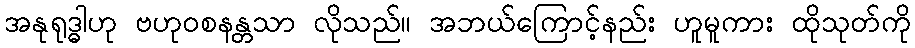
အနုရုဒ္ဓါဟု ဗဟုဝစနန္တသာ လိုသည်။ အဘယ်ကြောင့်နည်း ဟူမူကား ထိုသုတ်ကို